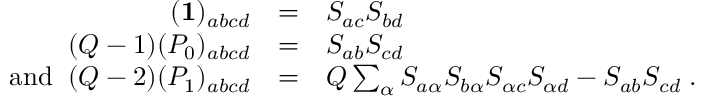
\begin{array} { r c l } { { ( { \bf 1 } ) _ { a b c d } } } & { { = } } & { { S _ { a c } S _ { b d } } } \\ { { ( Q - 1 ) ( P _ { 0 } ) _ { a b c d } } } & { { = } } & { { S _ { a b } S _ { c d } } } \\ { { \mathrm { a n d \; \; } ( Q - 2 ) ( P _ { 1 } ) _ { a b c d } } } & { { = } } & { { Q \sum _ { \alpha } S _ { a \alpha } S _ { b \alpha } S _ { \alpha c } S _ { \alpha d } - S _ { a b } S _ { c d } \; . } } \end{array}